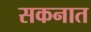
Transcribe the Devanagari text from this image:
सकनात